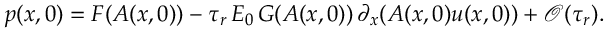
p ( x , 0 ) = F ( A ( x , 0 ) ) - \tau _ { r } \, E _ { 0 } \, G ( A ( x , 0 ) ) \, \partial _ { x } ( A ( x , 0 ) u ( x , 0 ) ) + \mathcal { O } ( \tau _ { r } ) .